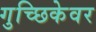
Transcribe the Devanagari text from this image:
गुच्छिकेवर